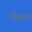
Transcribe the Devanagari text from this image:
क्लिट